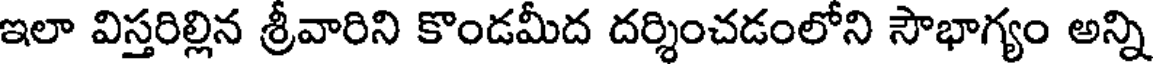
ఇలా విస్తరిల్లిన శ్రీవారిని కొండమీద దర్శించడంలోని సౌభాగ్యం అన్ని